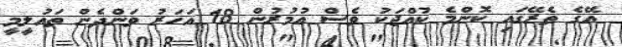
އޭގެ ތެރޭގައި ކޮންމެ ކުއްޖަކު ވެސް އުމުރުން 18 އަހަރު ވަންދެން ތައުލީމީ